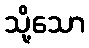
သို့သော